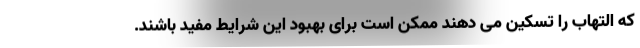
که التهاب را تسکین می دهند ممکن است برای بهبود این شرایط مفید باشند.